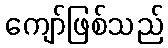
ကျော်ဖြစ်သည်